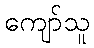
ကျော်သူ